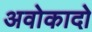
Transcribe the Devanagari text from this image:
अवोकादो